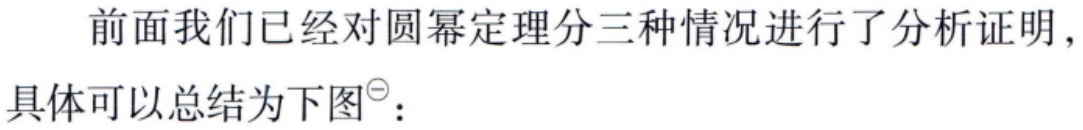
前面我们已经对圆幂定理分三种情况进行了分析证明，具体可以总结为下图\(^{\ominus}\)：